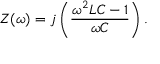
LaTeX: Z ( \omega ) = j \left( { \frac { \omega ^ { 2 } L C - 1 } { \omega C } } \right) .